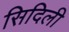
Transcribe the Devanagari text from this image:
सिदिली